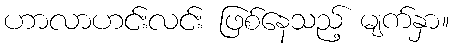
ဟာလာဟင်းလင်း ဖြစ်နေသည့် မျက်နှာ။